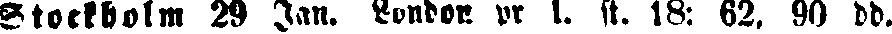
Stockholm 29 Jan. London. pr 1. st. 18: 62, 90 dd.